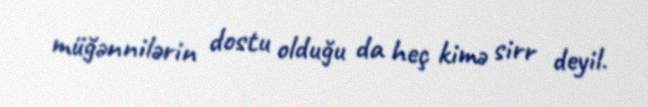
müğənnilərin dostu olduğu da heç kimə sirr deyil.